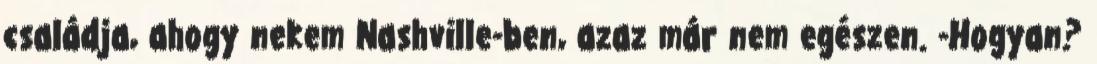
családja, ahogy nekem Nashville-ben, azaz már nem egészen. -Hogyan?